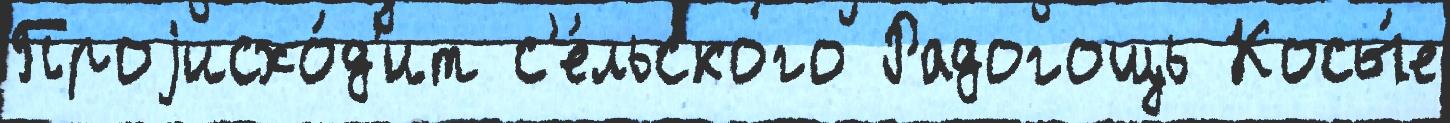
Проjисхо́д'ит с'е́льского Радогощь Косы́е